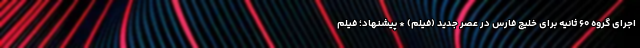
اجرای گروه ۶۰ ثانیه برای خلیج فارس در عصر جدید (فیلم) * پیشنهاد؛ فیلم‌